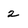
Character: 2